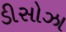
ડીસોઝા